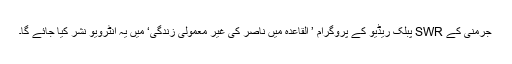
جرمنی کے SWR پبلک ریڈیو کے پروگرام ’ القاعدہ میں ناصر کی غیر معمولی زندگی‘ میں یہ انٹرویو نشر کیا جائے گا۔